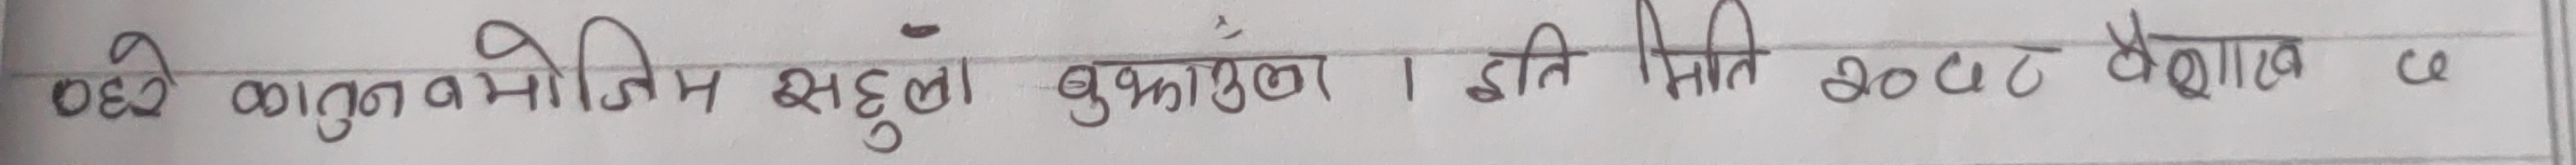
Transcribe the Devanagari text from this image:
बझे कानुन बमोजिम असल बुझुला बुझाऊला। इति मिति २०८० बैशाख ७ ६